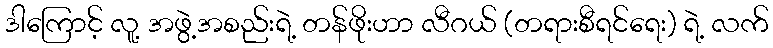
ဒါကြောင့် လူ့ အဖွဲ့အစည်းရဲ့ တန်ဖိုးဟာ လီဂယ် (တရားစီရင်ရေး) ရဲ့ လက်